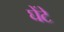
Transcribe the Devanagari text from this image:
घेंटे